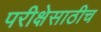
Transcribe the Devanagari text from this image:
परीक्षेसाठीच